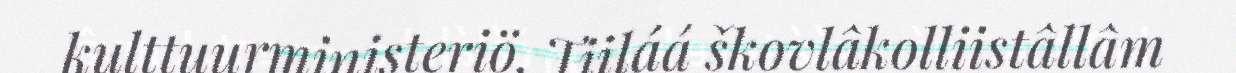
kulttuurministeriö. Tiiláá škovlâkolliistâllâm